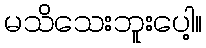
မသိသေးဘူးပေါ့။